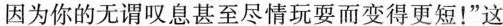
因为你的无谓叹息甚至尽情玩耍而变得更短！”这